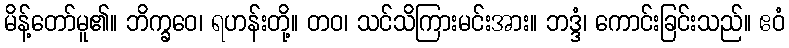
မိန့်တော်မူ၏။ ဘိက္ခဝေ၊ ရဟန်းတို့။ တဝ၊ သင်သိကြားမင်းအား။ ဘဒ္ဒံ၊ ကောင်းခြင်းသည်။ ဧဝံ